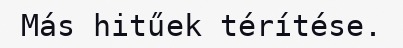
Más hitűek térítése.